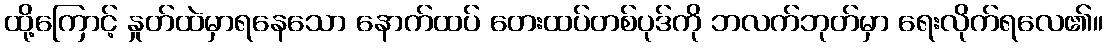
ထို့ကြောင့် နှုတ်ထဲမှာရနေသော နောက်ထပ် တေးထပ်တစ်ပုဒ်ကို ဘလက်ဘုတ်မှာ ရေးလိုက်ရလေ၏။